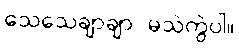
သေသေချာချာ မသဲကွဲပါ။